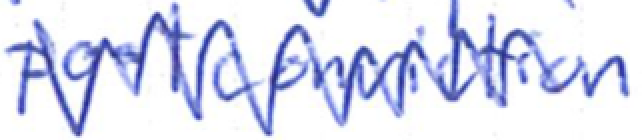
Text: postconviction
Cross-out: mix
Writing tool: ballpoint